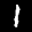
Label: 1